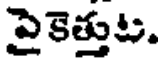
పైకెత్తుట.